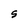
Character: S